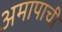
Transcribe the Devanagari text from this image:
अमापाची